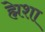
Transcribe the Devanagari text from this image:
ह्मेशा